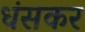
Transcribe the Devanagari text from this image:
धंसकर